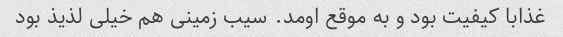
غذابا کیفیت بود و به موقع اومد. سیب زمینی هم خیلی لذیذ بود